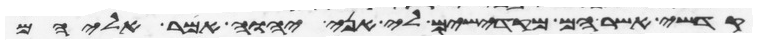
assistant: קדשי אשר הם מקדישים לי אני יהוה אמר אליהם